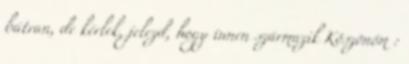
bátran, de kérlek, jelezd, hogy innen származik Köszönöm :